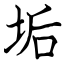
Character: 垢